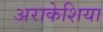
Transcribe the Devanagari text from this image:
अराकेशिया